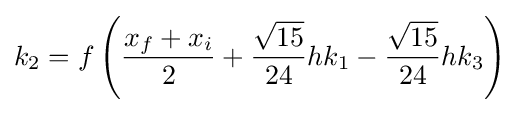
k_{2}=f\left({\frac {x_{f}+x_{i}}{2}}+{\frac {\sqrt {15}}{24}}hk_{1}-{\frac {\sqrt {15}}{24}}hk_{3}\right)